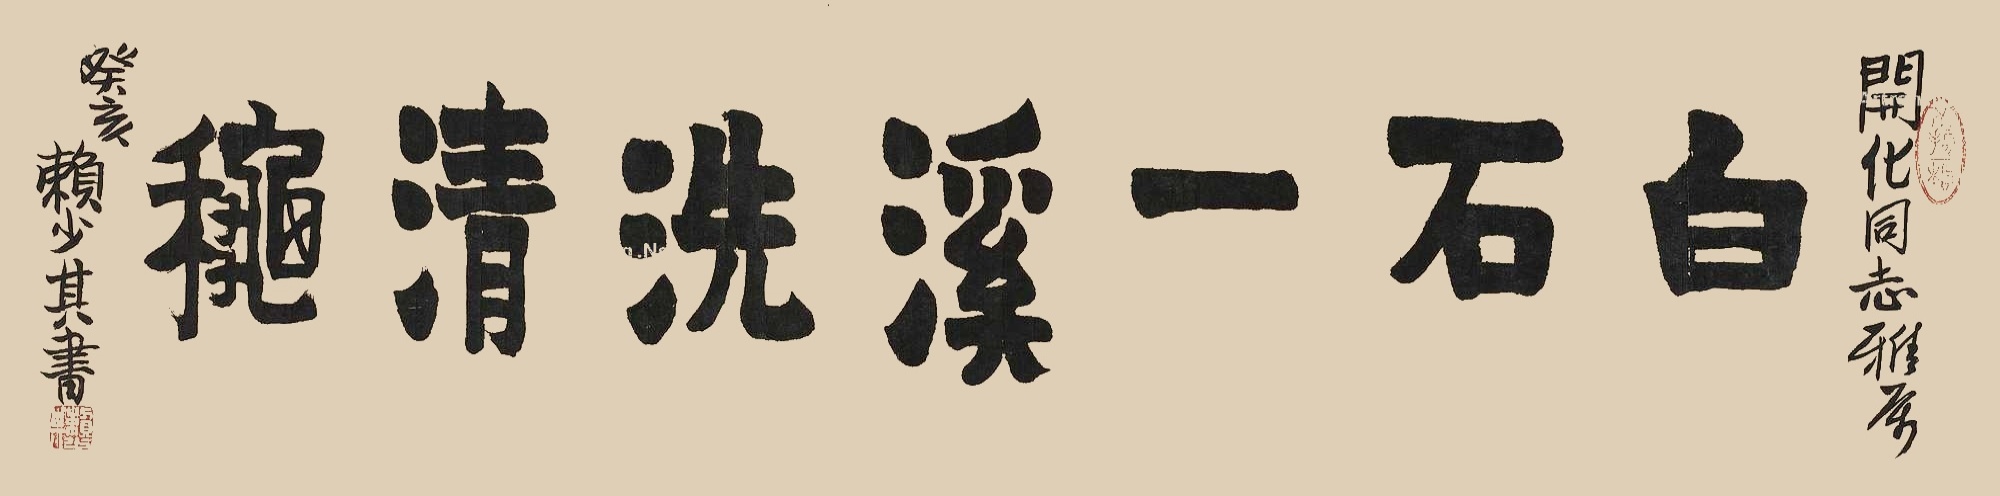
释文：白石一溪洗清秋。开化同志雅属，癸亥赖少其书。